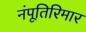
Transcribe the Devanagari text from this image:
नंपूतिरिमार